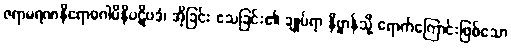
ဇရာမရဏနိရောဓဂါမိနိပဋိပဒံ၊ အိုခြင်း သေခြင်း၏ ချုပ်ရာ နိဗ္ဗာန်သို့ ရောက်ကြောင်းဖြစ်သော